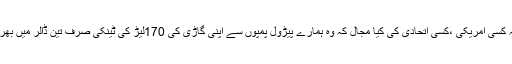
وگرنہ کسی امریکی ،کسی اتحادی کی کیا مجال کہ وہ ہمارے پیڑول پمپوں سے اپنی گاڑی کی 170لیڑ کی ٹینکی صرف تین ڈالر میں بھروائے۔